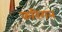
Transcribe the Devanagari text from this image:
करिगन